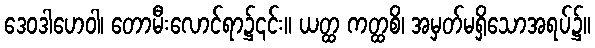
ဒေဝဒါဟေဝါ၊ တောမီးလောင်ရာ၌၎င်း။ ယတ္ထ ကတ္ထစိ၊ အမှတ်မရှိသောအရပ်၌။